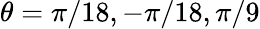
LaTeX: \theta=\pi/18,-\pi/18,\pi/9